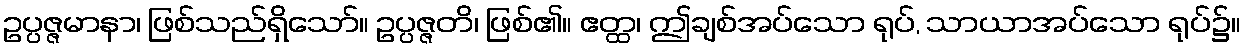
ဥပ္ပဇ္ဇမာနာ၊ ဖြစ်သည်ရှိသော်။ ဥပ္ပဇ္ဇတိ၊ ဖြစ်၏။ ဧတ္ထ၊ ဤချစ်အပ်သော ရုပ်, သာယာအပ်သော ရုပ်၌။